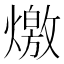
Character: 燩